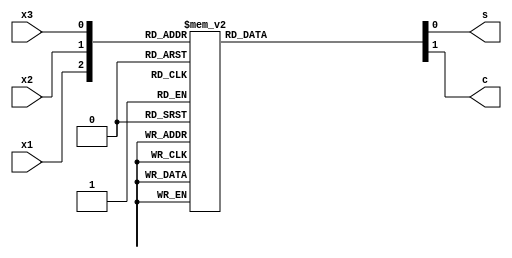
module Compressor32(input wire  x1,x2,x3,
                    output reg  s,c);

    always @(*) begin
        case({x1,x2,x3})
            3'b000:  {c,s} = 2'b00;
            3'b001:  {c,s} = 2'b01;
            3'b010:  {c,s} = 2'b01;
            3'b011:  {c,s} = 2'b10;
            3'b100:  {c,s} = 2'b01;
            3'b101:  {c,s} = 2'b10;
            3'b110:  {c,s} = 2'b10;
            3'b111:  {c,s} = 2'b11;
            default: {c,s} = 2'b00;
        endcase
    end

endmodule